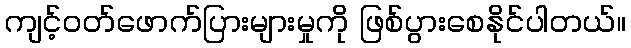
ကျင့်ဝတ်ဖောက်ပြားများမှုကို ဖြစ်ပွားစေနိုင်ပါတယ်။